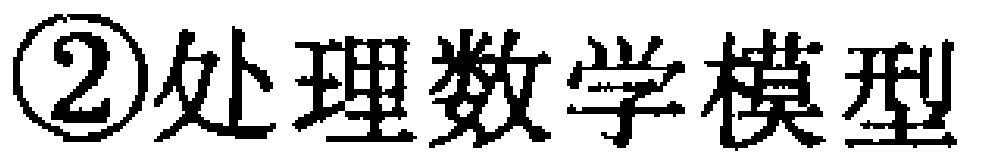
\textcircled{2}处理数学模型